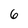
Character: 6